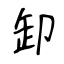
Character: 卸